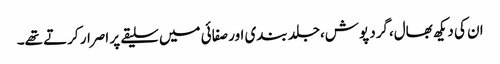
ان کی دیکھ بھال،گرد پوش،جلد بندی اور صفائی میں سلیقے پر اصرار کرتے تھے۔